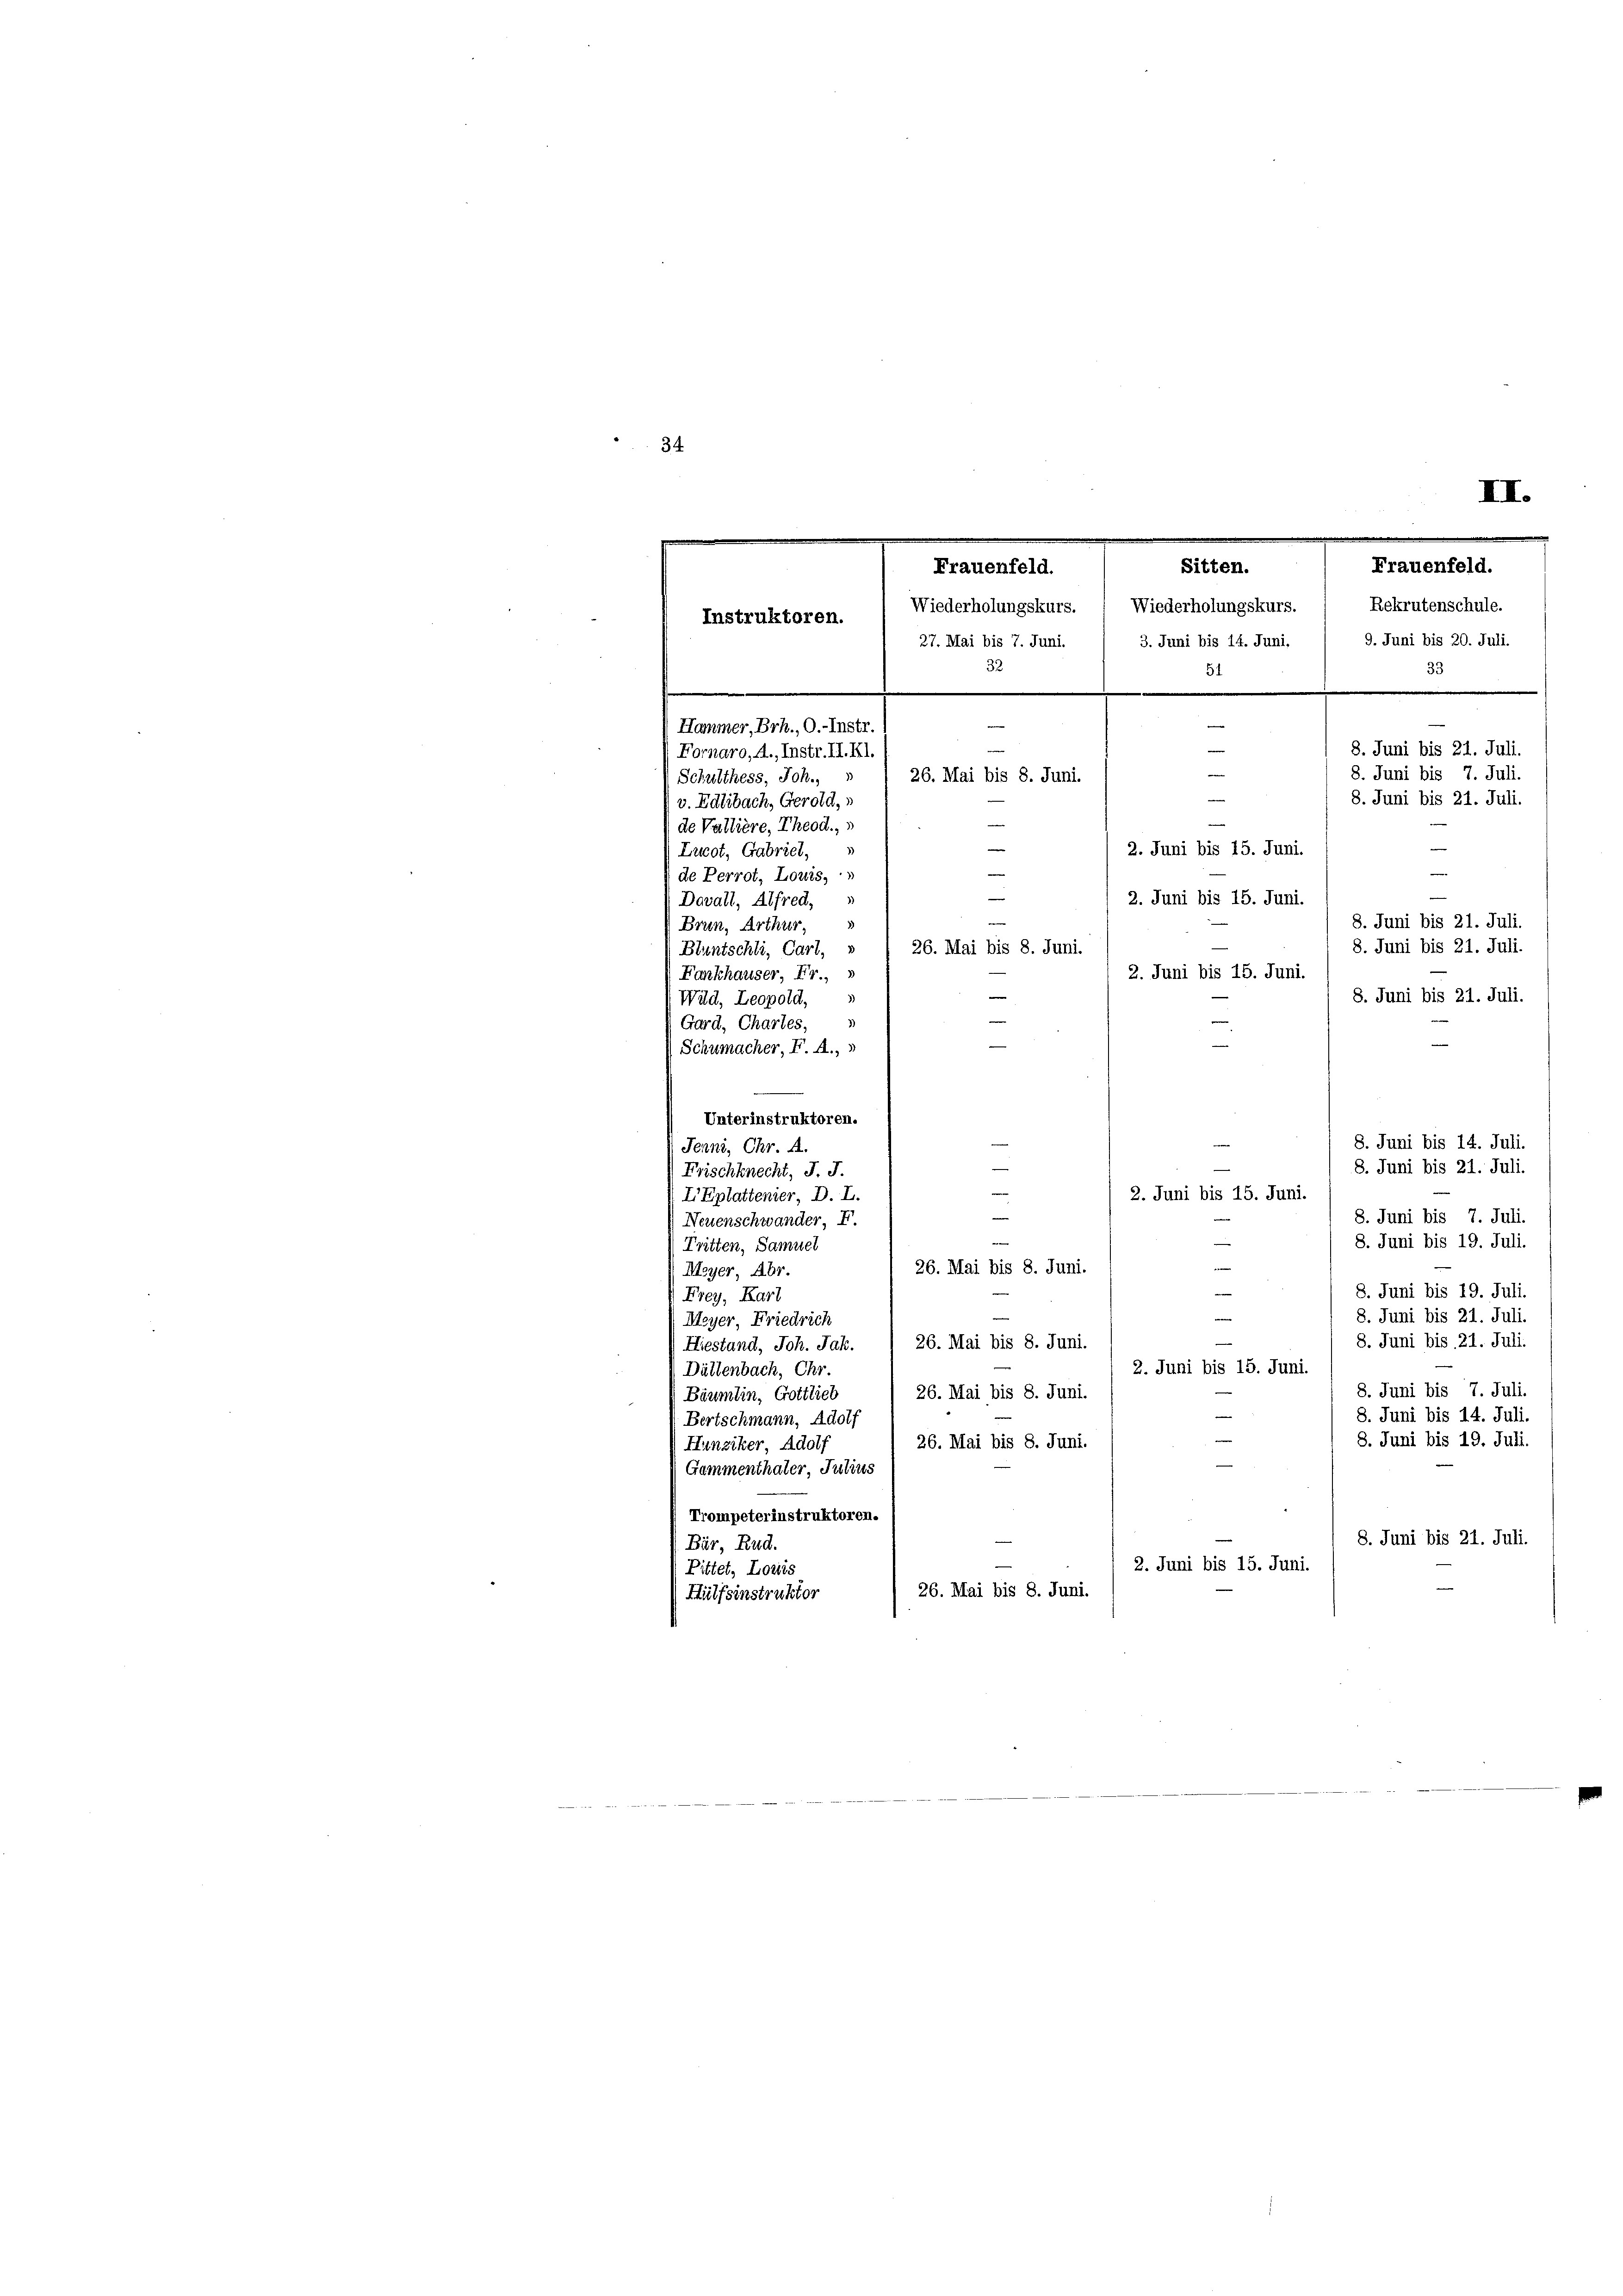
34
II.
e
s
Sitten.
Frauenfeld.
Frauenfeld.
Wiederholungskurs.  Wiederholungskurs. / Rekrutenschule.
Instruktoren.
 27. Mai bis 7. Juni. / 3. Juni bis 14. Juni.
9. Juni bis 20. Juli.
32
33
e
¬
Hammer, Brh., O.-Instr.
e
e
8. Juni bis 21. Juli.
Fornaro, A., Instr. II. Kl.
e
8. Juni bis 7. Juli.
26. Mai bis 8. Juni
Schulthess, Joh.
e
8. Juni bis 21. Juli
v. Edlibach, Gerold,
e
de Valliere, Theod.,
e
2. Juni bis 15. Juni.
Licot, Gabriel,
e
de Perrot, Louis,
¬
e
2. Juni bis 15. Juni.
Dovall, Alfred,
8. Juni bis 21. Juli.
Brun, Arthur,
8. Juni bis 21. Juli.
26. Mai bis 8. Juni.
Bluntschli, Carl, »
Fankhauser, Fr.,
2. Juni bis 15. Juni

8. Juni bis 21. Juli.
Wald, Leopold,
Gard, Chartes,
Schumacher, F. A.,
Unterinstruktoren.
8. Juni bis 14. Juli
Jenni, Chr. A.
n
8. Juni bis 21. Juli.
Frischknecht, J. J.
2. Juni bis 15. Juni.
LEplattenier, D. L.
8. Juni bis 7. Juli.
Neuenschwander, F.
8. Juni bis 19. Juli.
Tritten, Samuel
26. Mai bis 8. Juni.
Meyer, Abr.
8. Juni bis 19. Juli.
e
Frey, Kart
8. Juni bis 21. Juli.
Meyer, Friedrich
8. Juni bis 21. Juli.
26. Mai bis 8. Juni.
Hiestand, Joh. Jak.
2. Juni bis 15. Juni
Dättenbach, Chr.
8. Juni bis 7. Juli.
26. Mai bis 8. Juni.
Bäumlin, Gottlieb
8. Juni bis 14. Juli.
Bertschmann, Adolf
8. Juni bis 19. Juli.
26. Mai bis 8. Juni.
Hunziker, Adolf
Gammenthater, Protius
Trompeterinstruktoren.
8. Juni bis 21. Juli.
Bär, Rud.
2. Juni bis 15. Juni.
Pittet, Louis
26. Mai bis 8. Juni.
Hülfsinstruktor